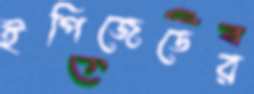
ইপিজেডের